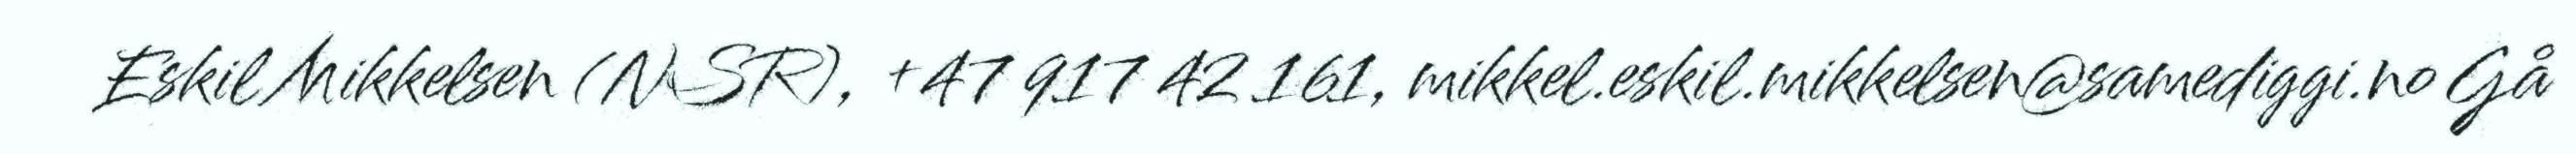
Eskil Mikkelsen (NSR), +47 917 42 161, mikkel.eskil.mikkelsen@samediggi.no Gå